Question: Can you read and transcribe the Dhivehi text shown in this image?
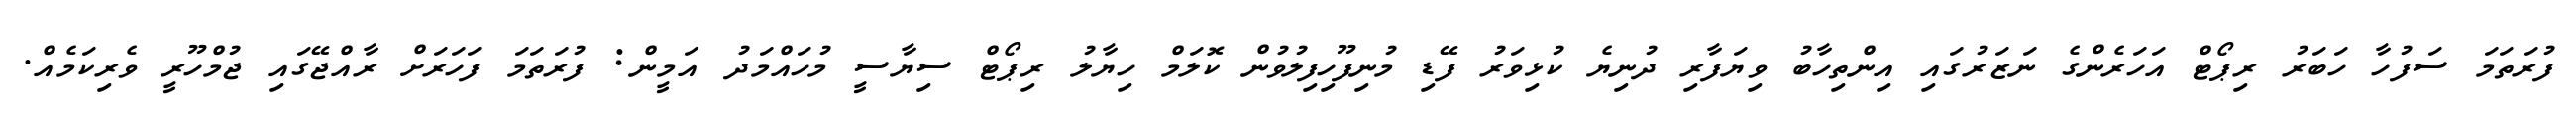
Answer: ފުރަތަމަ ސަފުހާ ހަބަރު ރިޕޯޓް އަހަރެންގެ ނަޒަރުގައި އިންތިހާބު ވިޔަފާރި ދުނިޔެ ކުޅިވަރު ފޭޑި މުނިފޫހިފިލުވުން ކޮލަމް ހިޔާލު ރިޕޯޓް ސިޔާސީ މުހައްމަދު އަމީން: ފުރަތަމަ ފަހަރަށް ރާއްޖޭގައި ޖުމްހޫރީ ވެރިކަމެއް.